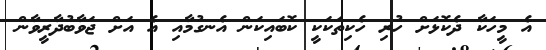
އެ މީހަކާ ދެކޮޅަށް ހުރި ހެކިތަކަކީ ކޮބައިކަން އެނގުމާއި އެ އަށް ޖަވާބުދާރީވާން